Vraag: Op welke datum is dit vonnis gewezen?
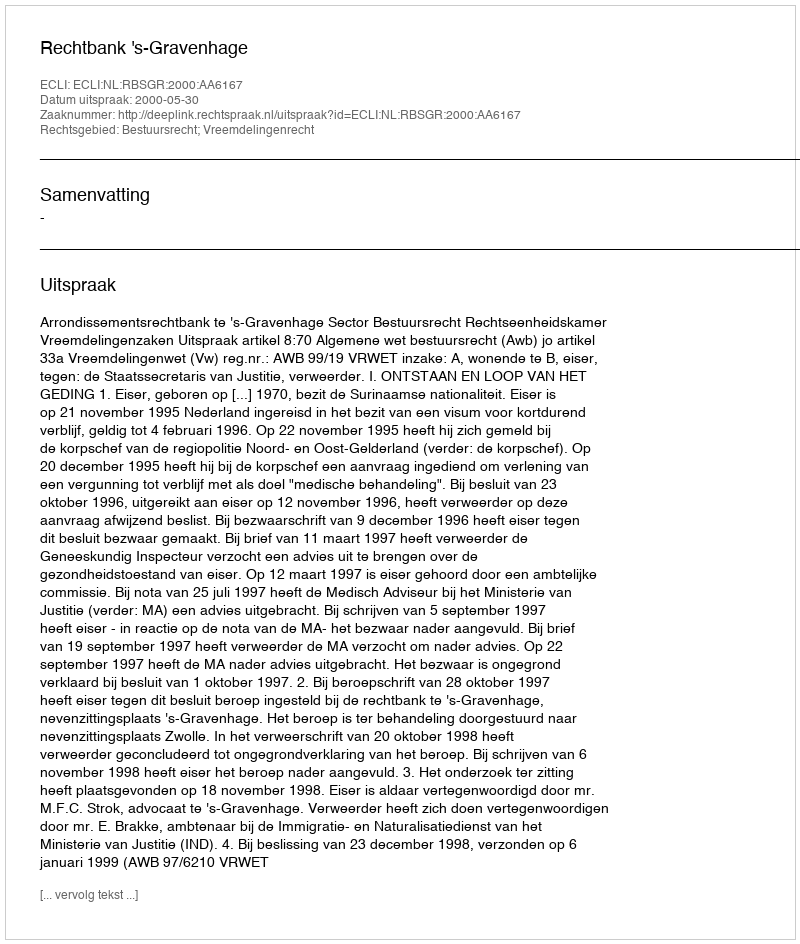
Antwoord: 2000-05-30